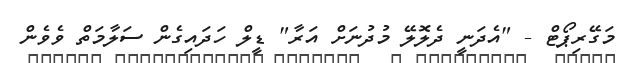
މަގޭރިޕޯޓް - "އެދަނީ ދެލޮލޭ މުދުނަށް އަރާ" ޑީލް ހަދައިގެން ސަލާމަތް ވެވެން